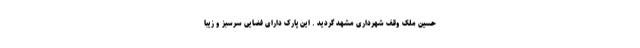
حسین ملک وقف شهرداری مشهد گردید . این پارک دارای فضایی سرسبز و زیبا